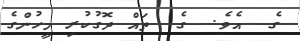
ގެ  އެވެ.  ގެ  ތައް ދޮގުކުރި މީހުންގެ